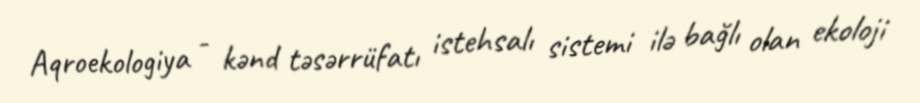
Aqroekologiya - kənd təsərrüfatı istehsalı sistemi ilə bağlı olan ekoloji